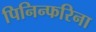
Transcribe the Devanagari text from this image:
पिनिन्फरिना